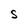
Character: S